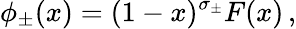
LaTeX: \phi_{\pm}(x)=(1-x)^{\sigma_{\pm}}F(x)\, ,